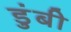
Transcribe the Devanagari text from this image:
डुंबी